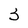
Character: 3